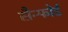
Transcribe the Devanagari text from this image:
सैन्फोर्ड